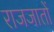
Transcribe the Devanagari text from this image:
राजजातों